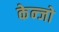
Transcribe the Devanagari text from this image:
केन्जो